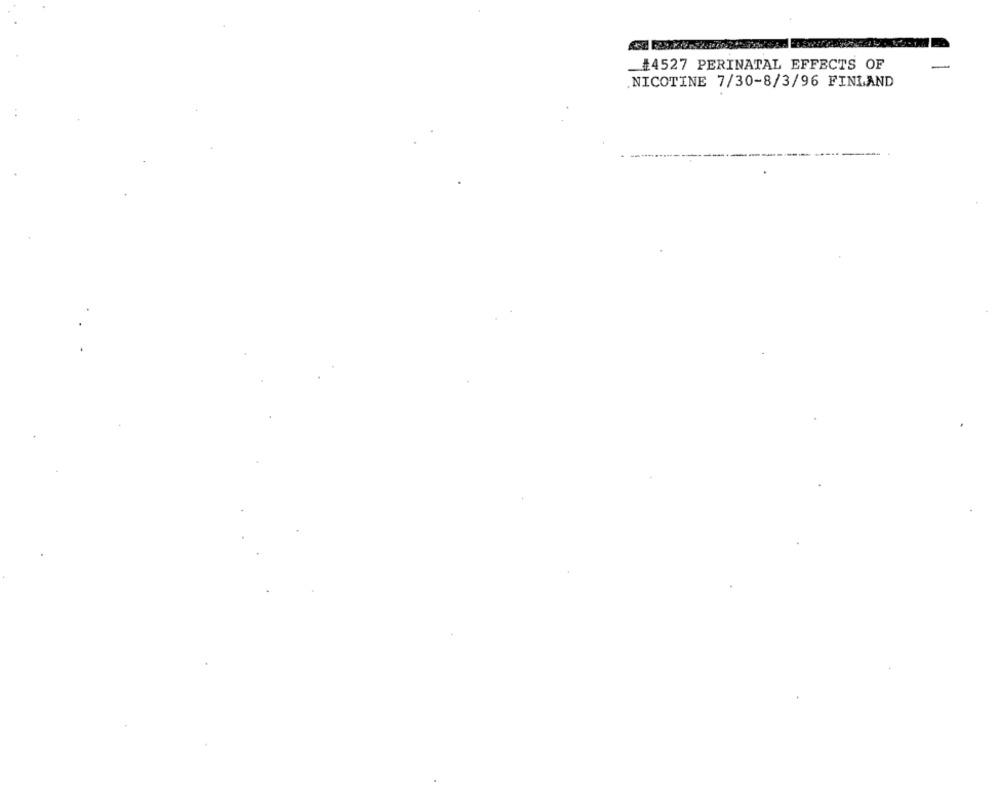
_#4527 PERINATAL EFFECTS OF
NICOTINE 7/30-8/3/96 FINLAND
----
---